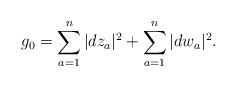
LaTeX: \begin{align*}g_0 = \sum_{a=1}^n|dz_a|^2 + \sum_{a=1}^n|dw_a|^2.\end{align*}